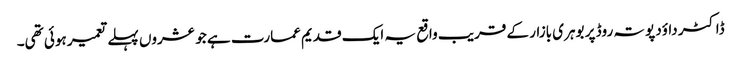
ڈاکٹر داوٴد پوتہ روڈ پر بوہری بازار کے قریب واقع یہ ایک قدیم عمارت ہے جو عشروں پہلے تعمیر ہوئی تھی۔